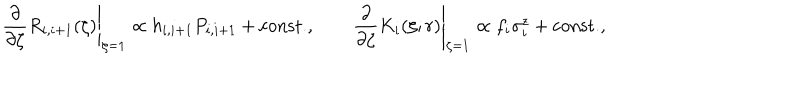
LaTeX: \left. \frac { \partial } { \partial \zeta } R _ { i , i + 1 } ( \zeta ) \right| _ { \zeta = 1 } \propto h _ { i , i + 1 } P _ { i , i + 1 } + \mathrm { c o n s t . } , \qquad \left. \frac { \partial } { \partial \zeta } K _ { i } ( \zeta ; r ) \right| _ { \zeta = 1 } \propto f _ { i } \sigma _ { i } ^ { z } + \mathrm { c o n s t . } ,